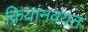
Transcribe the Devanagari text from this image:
क्रियांनवयन